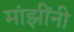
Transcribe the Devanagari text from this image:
मांझींनी